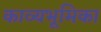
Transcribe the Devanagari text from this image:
काव्यभूमिका